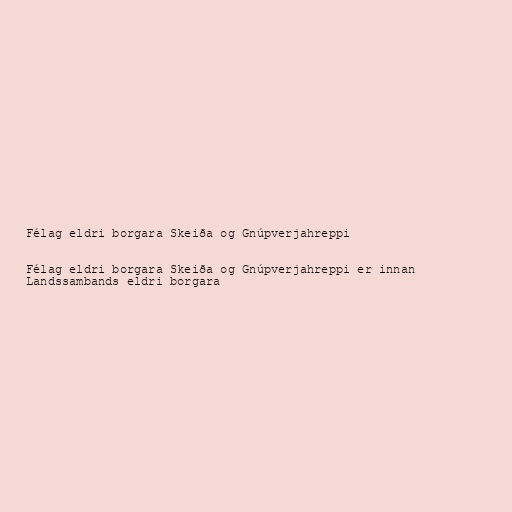
Félag eldri borgara Skeiða og Gnúpverjahreppi

Félag eldri borgara Skeiða og Gnúpverjahreppi er innan
Landssambands eldri borgara